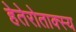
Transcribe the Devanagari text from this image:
हेतेरोताक्स्य